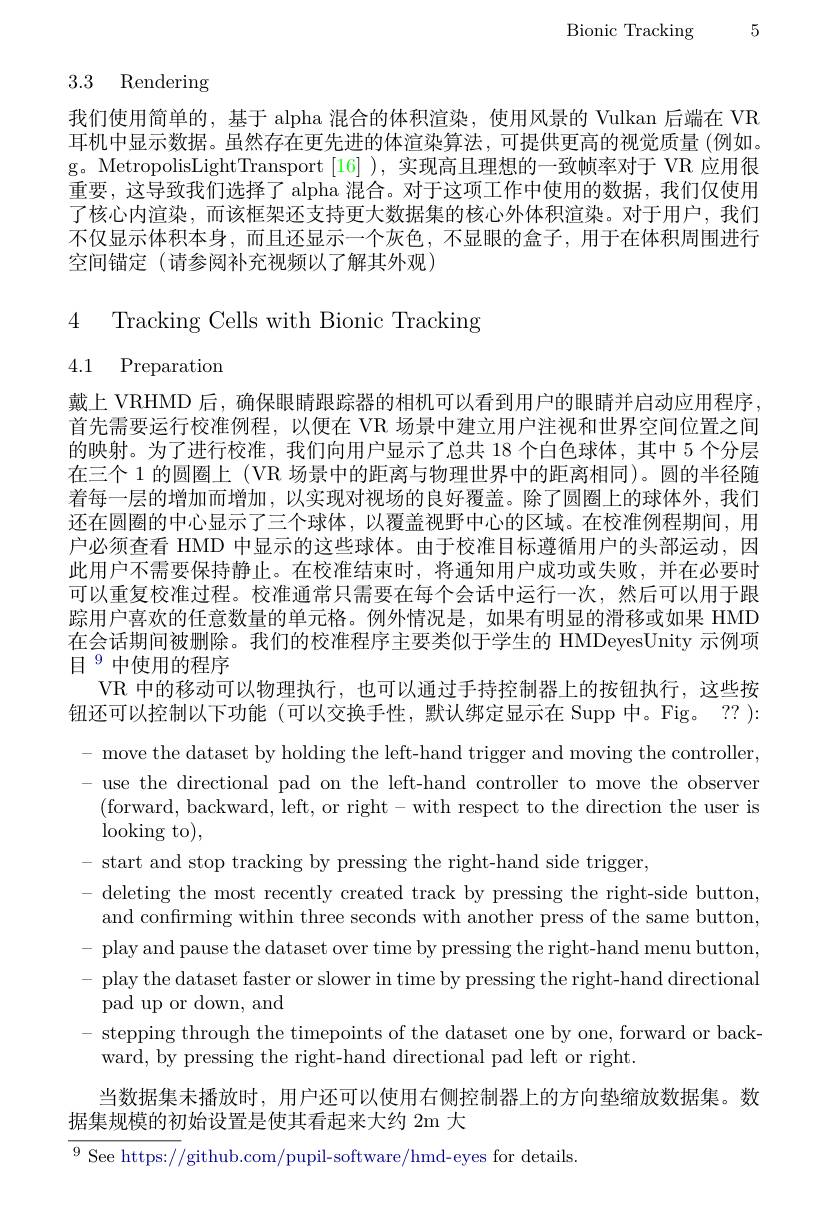
Bionic Tracking 5

3.3 Rendering

我们使用简单的，基于 alpha 混合的体积渲染，使用风景的 Vulkan 后端在 VR 耳机中显示数据。虽然存在更先进的体渲染算法，可提供更高的视觉质量(例如。g。MetropolisLightTransport [16] ), 实现高且理想的一致帧率对于 VR 应用很重要，这导致我们选择了 alpha 混合。对于这项工作中使用的数据，我们仅使用了核心内渲染，而该框架还支持更大数据集的核心外体积渲染。对于用户，我们不仅显示体积本身，而且还显示一个灰色，不显眼的盒子，用于在体积周围进行空间锚定(请参阅补充视频以了解其外观)

4 Tracking Cells with Bionic Tracking

4.1 Preparation

戴上 VRHMD 后，确保眼睛跟踪器的相机可以看到用户的眼睛并启动应用程序， 首先需要运行校准例程，以便在 VR 场景中建立用户注视和世界空间位置之间的映射。为了进行校准，我们向用户显示了总共 18 个白色球体，其中 5 个分层在三个 1 的圆圈上 ( VR 场景中的距离与物理世界中的距离相同)。圆的半径随着每一层的增加而增加，以实现对视场的良好覆盖。除了圆圈上的球体外，我们， 还在圆圈的中心显示了三个球体，以覆盖视野中心的区域。在校准例程期间，用户必须查看 HMD 中显示的这些球体。由于校准目标遵循用户的头部运动，因此用户不需要保持静止。在校准结束时，将通知用户成功或失败，并在必要时可以重复校准过程。校准通常只需要在每个会话中运行一次，然后可以用于跟踪用户喜欢的任意数量的单元格。例外情况是，如果有明显的滑移或如果 HMD 在会话期间被删除。我们的校准程序主要类似于学生的 HMDeyesUnity 示例项目$^{9}$中使用的程序
VR 中的移动可以物理执行，也可以通过手持控制器上的按钮执行，这些按钮还可以控制以下功能(可以交换手性，默认绑定显示在 Supp 中。Fig。?? ): - move the dataset by holding the left-hand trigger and moving the controller, - use the directional pad on the left-hand controller to move the observer
(forward, backward, left, or right- with respect to the direction the user is
$\operatorname{looking}$to),
- start and stop tracking by pressing the right-hand side trigger,
- deleting the most recently created track by pressing the right-side button,
and confrming within three seconds with another press of the same button, - play and pause the dataset over time by pressing the right-hand menu button, - play the dataset faster or slower in time by pressing the right-hand directional
pad up or down, and
- stepping through the timepoints of the dataset one by one, forward or back-
ward, by pressing the right-hand directional pad left or right.
当数据集未播放时，用户还可以使用右侧控制器上的方向垫缩放数据集。数
据集规模的初始设置是使其看起来大约 2m 大
$\overline{^{9}\text{See https://}}$github.com/pupil-software/hmd-eyes for details.